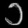
Digit: ၁